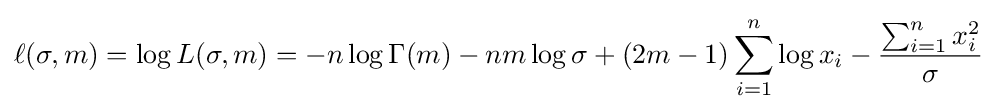
\ell (\sigma ,m)=\log L(\sigma ,m)=-n\log \Gamma (m)-nm\log \sigma +(2m-1)\sum _{i=1}^{n}\log x_{i}-{\frac {\sum _{i=1}^{n}x_{i}^{2}}{\sigma }}